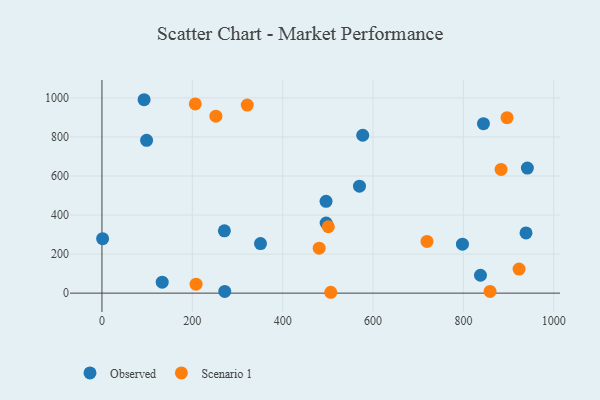
{"axis": {"x": "Price", "y": "Salary"}, "legend": ["Observed", "Scenario 1"], "data": [{"x": "271.8", "y": 8.8, "type": "Observed"}, {"x": "844.4", "y": 868.1, "type": "Observed"}, {"x": "570.0", "y": 547.8, "type": "Observed"}, {"x": "577.2", "y": 808.6, "type": "Observed"}, {"x": "938.6", "y": 308.3, "type": "Observed"}, {"x": "350.9", "y": 253.7, "type": "Observed"}, {"x": "271.0", "y": 318.9, "type": "Observed"}, {"x": "496.0", "y": 470.3, "type": "Observed"}, {"x": "837.8", "y": 91.5, "type": "Observed"}, {"x": "797.9", "y": 250.6, "type": "Observed"}, {"x": "1.5", "y": 278.8, "type": "Observed"}, {"x": "98.8", "y": 782.8, "type": "Observed"}, {"x": "496.2", "y": 359.1, "type": "Observed"}, {"x": "133.4", "y": 56.0, "type": "Observed"}, {"x": "93.3", "y": 990.6, "type": "Observed"}, {"x": "941.6", "y": 640.4, "type": "Observed"}, {"x": "501.0", "y": 339.9, "type": "Scenario 1"}, {"x": "719.4", "y": 264.7, "type": "Scenario 1"}, {"x": "883.4", "y": 633.8, "type": "Scenario 1"}, {"x": "252.2", "y": 906.4, "type": "Scenario 1"}, {"x": "896.6", "y": 898.8, "type": "Scenario 1"}, {"x": "923.2", "y": 123.0, "type": "Scenario 1"}, {"x": "206.5", "y": 969.1, "type": "Scenario 1"}, {"x": "321.6", "y": 963.3, "type": "Scenario 1"}, {"x": "506.4", "y": 4.4, "type": "Scenario 1"}, {"x": "208.3", "y": 46.0, "type": "Scenario 1"}, {"x": "859.0", "y": 8.7, "type": "Scenario 1"}, {"x": "480.8", "y": 230.5, "type": "Scenario 1"}]}